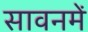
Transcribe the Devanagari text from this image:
सावनमें